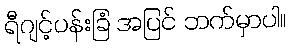
ရီဂျင့်ပန်းခြံ အပြင် ဘက်မှာပါ။